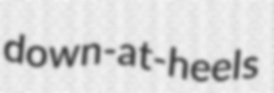
down-at-heels